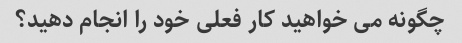
چگونه می خواهید کار فعلی خود را انجام دهید؟